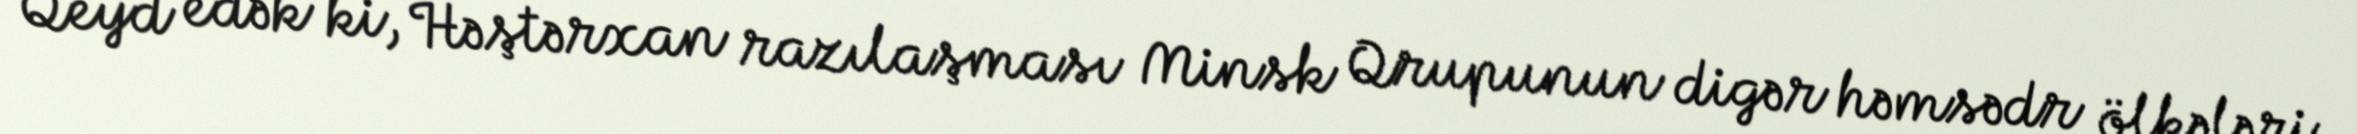
Qeyd edək ki, Həştərxan razılaşması Minsk Qrupunun digər həmsədr ölkələri